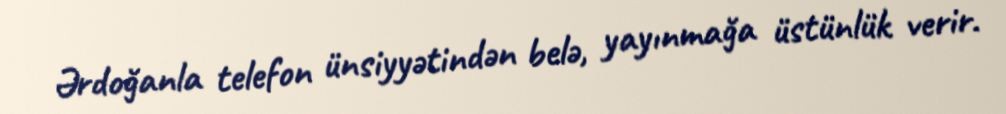
Ərdoğanla telefon ünsiyyətindən belə, yayınmağa üstünlük verir.